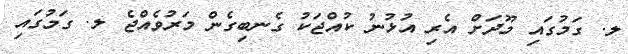
ލ. ގަމުގައި މޫދަށް އެރި އުޅުނު ކުއްޖަކު ގެނބިގެން މަރުވެއްޖެ ލ. ގަމުގައި